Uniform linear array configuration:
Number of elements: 4
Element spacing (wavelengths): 0.75
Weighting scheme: kaiser
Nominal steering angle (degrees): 60
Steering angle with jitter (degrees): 59.345
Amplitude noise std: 0.05
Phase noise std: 0.05

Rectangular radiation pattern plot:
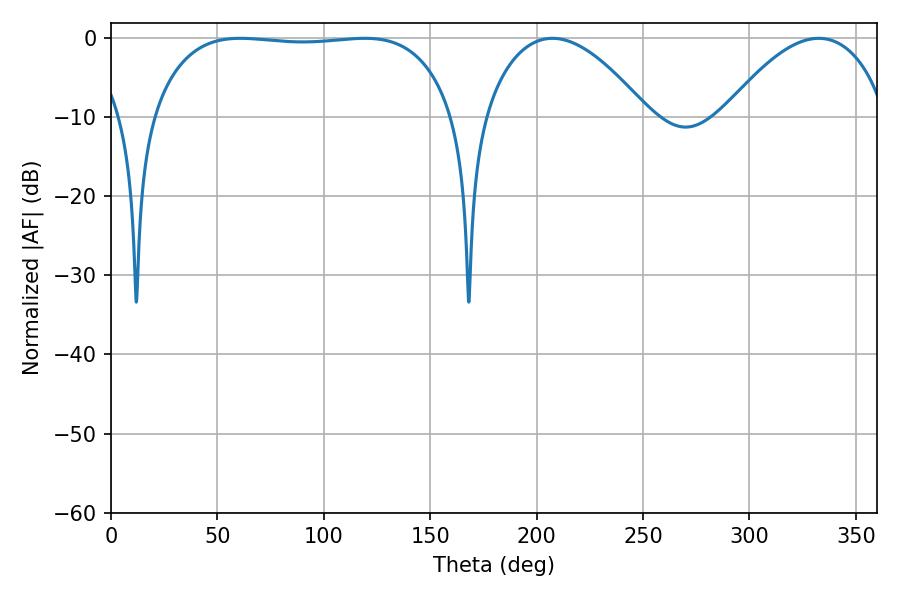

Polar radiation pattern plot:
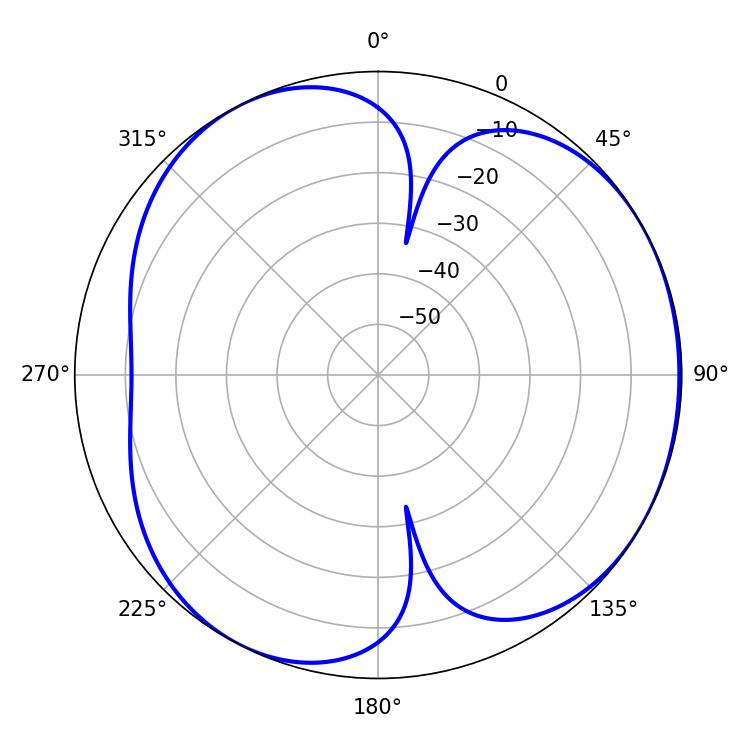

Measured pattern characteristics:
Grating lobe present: TRUE
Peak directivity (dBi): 4.259
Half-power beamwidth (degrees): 112.32
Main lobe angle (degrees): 60.84